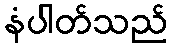
နံပါတ်သည်